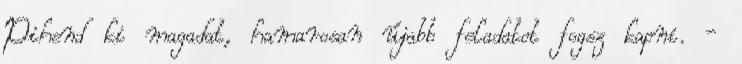
Pihend ki magadat, hamarosan újabb feladatot fogsz kapni. -